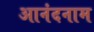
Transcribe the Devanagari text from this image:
आनंदनाम